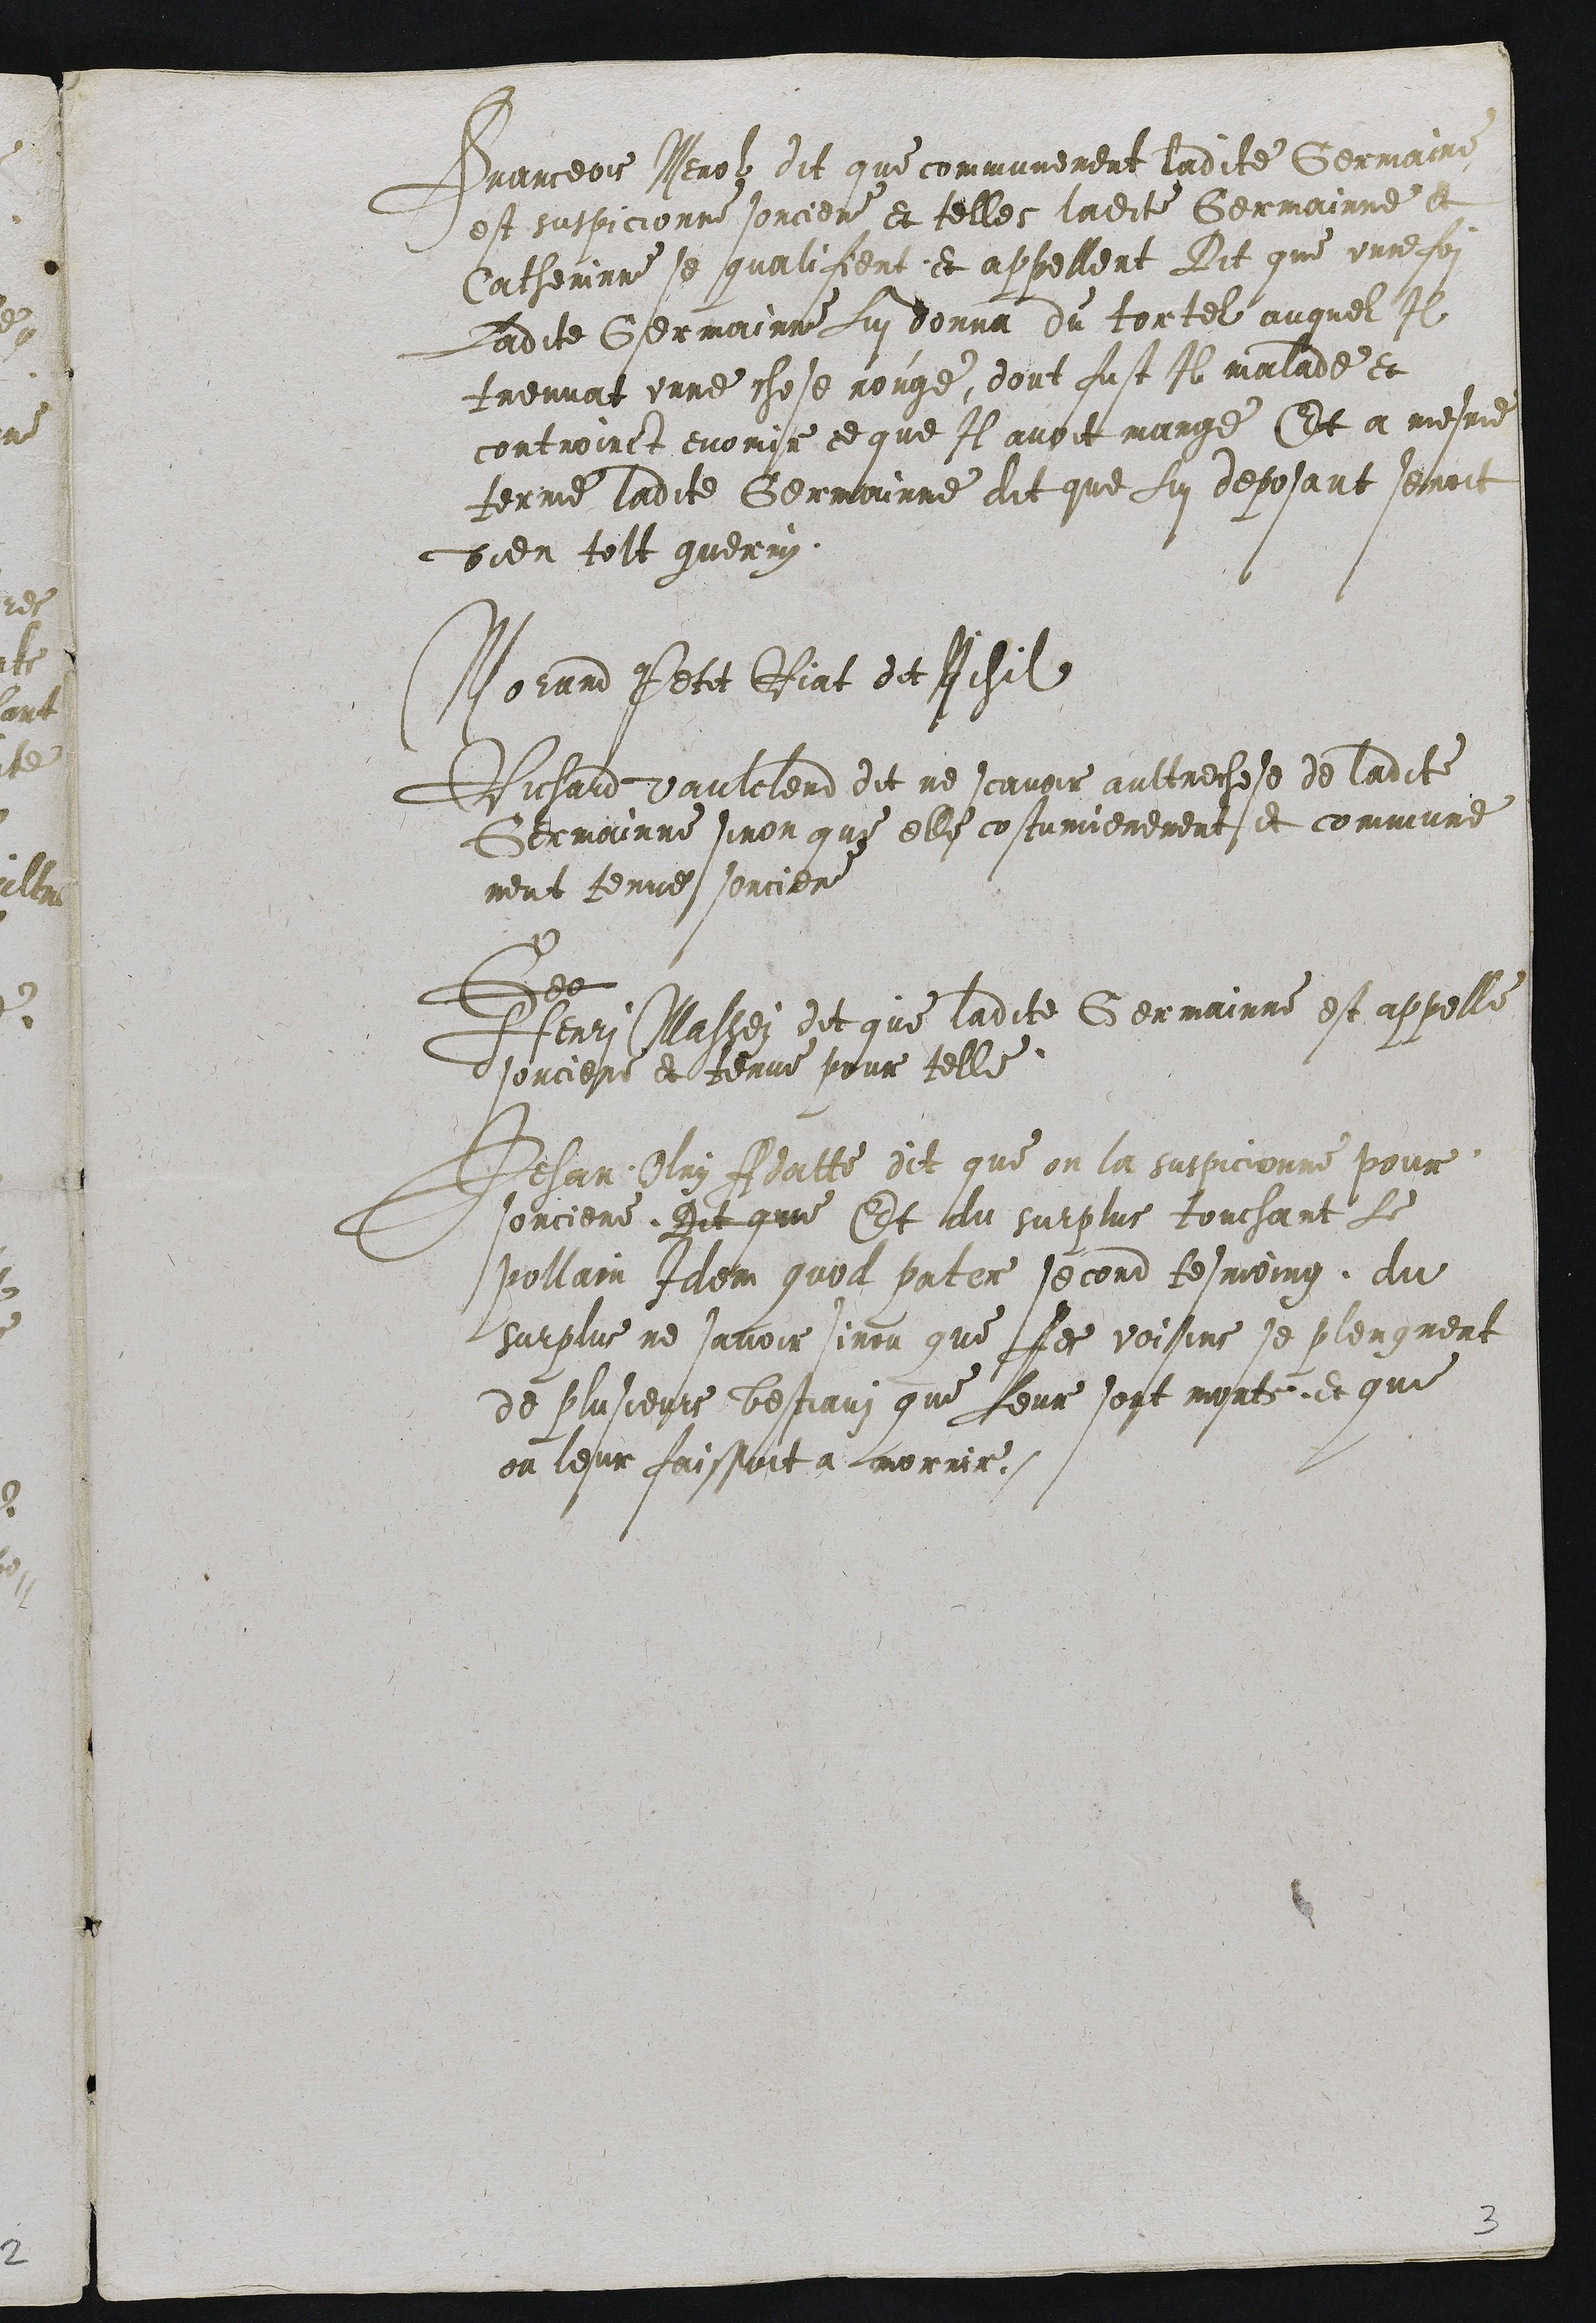
Pranceois Nerolz dit que communement ladite Germaine
est suspicionne sorciere et telles ladite Germainne et
Catherinne se quali fient et appellent Dit que unne foi
ladite Germainne Lui donna du tortel auquel Il
treuvat unne chose rouge, dont fust Il malade et
controinct evonir ce que Il avoit mange Et a mesme
terme ladite Germainne dit que lui deposant senoit
bien tolt guerrn.

Morand Petit Riat det Rehil
Richard Vaulclend dit ne scavoir aultrechose de ladite
Germainne sinon que elle costumierement et commune
ment tenue sorcier
Gey
Henri Massei dit que ladite Germainne est appelle
sorciere et terue pour telle
Jehan Nluy Adatte dit que on la suspicionne pour
sorciere. Dit que Et du surplus touchant le
pollain Idem quol pater second tesmoing du
surplus ne savoir sinon que les voisins se plengnent
de plusieurs bestiain que leur sont morts et qui
on leur faissoit a morrir.

2